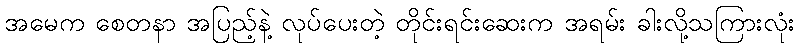
အမေက စေတနာ အပြည့်နဲ့ လုပ်ပေးတဲ့ တိုင်းရင်းဆေးက အရမ်း ခါးလို့သကြားလုံး